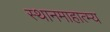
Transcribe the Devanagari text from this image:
स्थानमाहात्म्य